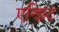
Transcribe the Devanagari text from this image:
एग्झिट